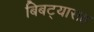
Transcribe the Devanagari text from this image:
बिबट्यासह